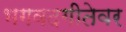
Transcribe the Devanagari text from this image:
भगवदगीतेवर